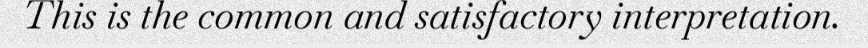
This is the common and satisfactory interpretation.